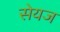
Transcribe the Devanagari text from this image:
सेयज